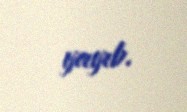
yayıb.